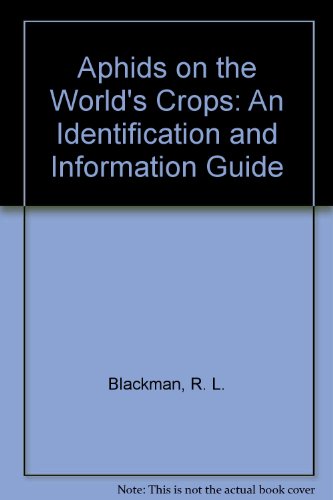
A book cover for Aphids on the World's Crops: An Identification and Information Guide; R. L. Blackman; Health, Fitness & Dieting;